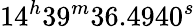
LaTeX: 14^{h}39^{m}36.4940^{s}